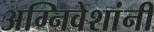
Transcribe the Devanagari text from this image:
अग्निवेशांनी